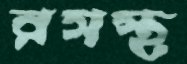
রসস্থ